Annual report of the Madras Medical College
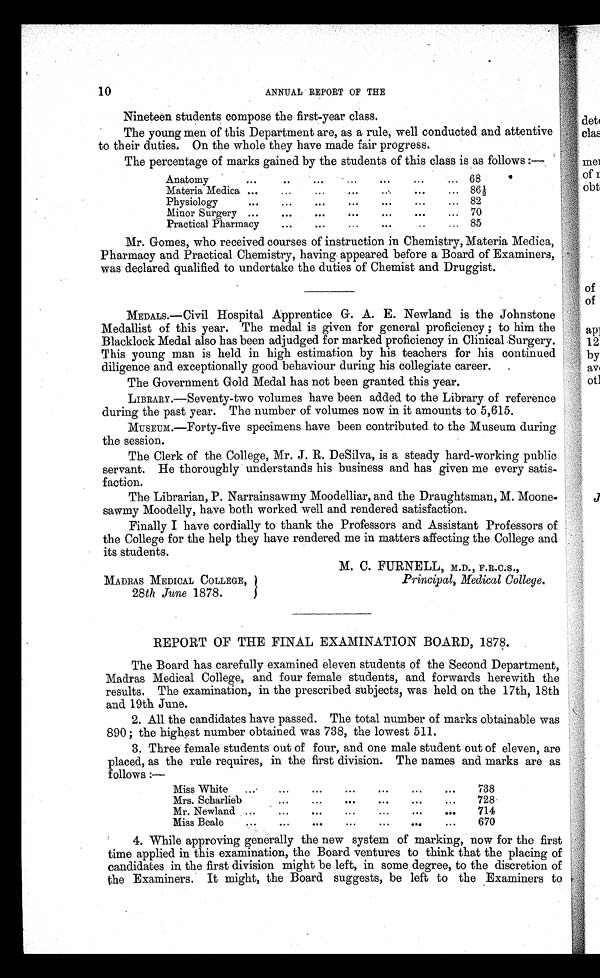
1 0
ANNUAL REPORT OF THE
Nineteen students compose the first-year class.
The young men of this Department are, as a rule, well conducted and attentive
to their duties. On the whole they have made fair progress.
The percentage of marks gained by the students of this class is as follows :—
Anatomy
...
..
... ...
...
... ...
68
Materia Medica
... ... ... ... ... ... ...
86½
Physiology
...
... ... ... ... ... ...
82
Minor Surgery
... ... ... ... ... ... ...
70
Practical Pharmacy
... ... ... ... ... ...
85
Mr. Gomes, who received courses of instruction in Chemistry, Materia Medica,
Pharmacy and Practical Chemistry, having appeared before a Board of Examiners,
was declared qualified to undertake the duties of Chemist and Druggist.
MEDALS.—Civil Hospital Apprentice G. A. E. Newland is the Johnstone
Medallist of this year. The medal is given for general proficiency ; to him the
Blacklock Medal also has been adjudged for marked proficiency in Clinical Surgery.
This young man is held in high estimation by his teachers for his continued
diligence and exceptionally good behaviour during his collegiate career.
The Government Gold Medal has not been granted this year.
LIBRARY.—Seventy-two volumes have been added to the Library of reference
during the past year. The number of volumes now in it amounts to 5,615.
MUSEUM.—Forty-five specimens have been contributed to the Museum during
the session.
The Clerk of the College, Mr. J. R. DeSilva, is a steady hard-working public
servant. He thoroughly understands his business and has given me every satis-
faction.
The Librarian, P. Narrainsawmy Moodelliar, and the Draughtsman, M. Moone-
sawmy Moodelly, have both worked well and rendered satisfaction.
Finally I have cordially to thank the Professors and Assistant Professors of
the College for the help they have rendered me in matters affecting the College and
its students.
M. C. FURNELL, M.D., F.R.C.S.,
MADRAS MEDICAL COLLEGE,
Principal, Medical College.
28th June 1878.
REPORT OF THE FINAL EXAMINATION BOARD, 1878.
The Board has carefully examined eleven students of the Second Department,
Madras Medical College, and four female students, and forwards herewith the
results. The examination, in the prescribed subjects, was held on the 17th, 18th
and 19th June.
2. All the candidates have passed. The total number of marks obtainable was
890 ; the highest number obtained was 738, the lowest 511.
3. Three female students out of four, and one male student out of eleven, are
placed, as the rule requires, in the first division. The names and marks are as
follows :—
Miss White
... ... ... ... ... ... ...
738
Mrs. Scharlieb
...
... ... ... ... ... ...
728
Mr. Newland
... ... ... ... ... ... ...
714
Miss Beale
...
... ... ... ... ... ...
670
4. While approving generally the new system of marking, now for the first
time applied in this examination, the Board ventures to think that the placing of
candidates in the first division might be left, in some degree, to the discretion of
the Examiners. It might, the Board suggests, be left to the Examiners to